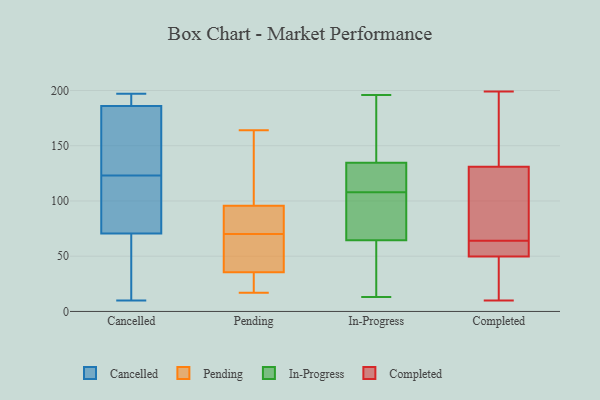
{"axis": {"x": "Revenue (USD Million)", "y": "Value"}, "legend": ["Cancelled", "Completed", "In-Progress", "Pending"], "data": [{"x": "", "y": 193, "type": "Cancelled"}, {"x": "", "y": 16, "type": "Cancelled"}, {"x": "", "y": 145, "type": "Cancelled"}, {"x": "", "y": 71, "type": "Cancelled"}, {"x": "", "y": 71, "type": "Cancelled"}, {"x": "", "y": 28, "type": "Cancelled"}, {"x": "", "y": 70, "type": "Cancelled"}, {"x": "", "y": 197, "type": "Cancelled"}, {"x": "", "y": 10, "type": "Cancelled"}, {"x": "", "y": 160, "type": "Cancelled"}, {"x": "", "y": 185, "type": "Cancelled"}, {"x": "", "y": 175, "type": "Cancelled"}, {"x": "", "y": 10, "type": "Cancelled"}, {"x": "", "y": 187, "type": "Cancelled"}, {"x": "", "y": 82, "type": "Cancelled"}, {"x": "", "y": 134, "type": "Cancelled"}, {"x": "", "y": 189, "type": "Cancelled"}, {"x": "", "y": 196, "type": "Cancelled"}, {"x": "", "y": 103, "type": "Cancelled"}, {"x": "", "y": 112, "type": "Cancelled"}, {"x": "", "y": 95, "type": "Pending"}, {"x": "", "y": 96, "type": "Pending"}, {"x": "", "y": 164, "type": "Pending"}, {"x": "", "y": 86, "type": "Pending"}, {"x": "", "y": 70, "type": "Pending"}, {"x": "", "y": 111, "type": "Pending"}, {"x": "", "y": 20, "type": "Pending"}, {"x": "", "y": 17, "type": "Pending"}, {"x": "", "y": 35, "type": "Pending"}, {"x": "", "y": 37, "type": "Pending"}, {"x": "", "y": 38, "type": "Pending"}, {"x": "", "y": 117, "type": "In-Progress"}, {"x": "", "y": 122, "type": "In-Progress"}, {"x": "", "y": 74, "type": "In-Progress"}, {"x": "", "y": 99, "type": "In-Progress"}, {"x": "", "y": 75, "type": "In-Progress"}, {"x": "", "y": 143, "type": "In-Progress"}, {"x": "", "y": 148, "type": "In-Progress"}, {"x": "", "y": 159, "type": "In-Progress"}, {"x": "", "y": 121, "type": "In-Progress"}, {"x": "", "y": 55, "type": "In-Progress"}, {"x": "", "y": 196, "type": "In-Progress"}, {"x": "", "y": 126, "type": "In-Progress"}, {"x": "", "y": 13, "type": "In-Progress"}, {"x": "", "y": 39, "type": "In-Progress"}, {"x": "", "y": 29, "type": "In-Progress"}, {"x": "", "y": 87, "type": "In-Progress"}, {"x": "", "y": 23, "type": "Completed"}, {"x": "", "y": 64, "type": "Completed"}, {"x": "", "y": 10, "type": "Completed"}, {"x": "", "y": 50, "type": "Completed"}, {"x": "", "y": 199, "type": "Completed"}, {"x": "", "y": 190, "type": "Completed"}, {"x": "", "y": 85, "type": "Completed"}, {"x": "", "y": 121, "type": "Completed"}, {"x": "", "y": 53, "type": "Completed"}, {"x": "", "y": 81, "type": "Completed"}, {"x": "", "y": 161, "type": "Completed"}, {"x": "", "y": 192, "type": "Completed"}, {"x": "", "y": 49, "type": "Completed"}, {"x": "", "y": 64, "type": "Completed"}, {"x": "", "y": 32, "type": "Completed"}, {"x": "", "y": 59, "type": "Completed"}, {"x": "", "y": 116, "type": "Completed"}]}